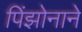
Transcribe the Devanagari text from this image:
पिंझोनाने